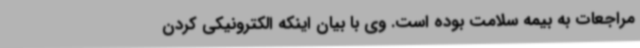
مراجعات به بیمه سلامت بوده است. وی با بیان اینکه الکترونیکی کردن